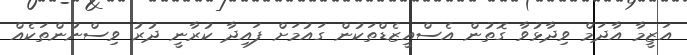
އަޒީމާ އާދަމް ވިދާޅުވާ ގޮތުން އެސްއީޒެޑްތަކުން ގައުމަށް ފައިދާ ކުރާނީ ދުރު ވިސްނުންތަކެއް